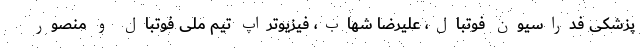
پزشکی فدراسیون فوتبال، علیرضا شهاب، فیزیوتراپ تیم ملی فوتبال و منصور